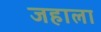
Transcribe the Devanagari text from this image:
जहाला